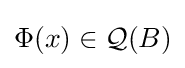
\Phi (x)\in {\mathcal {Q}}(B)